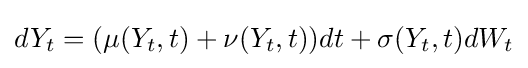
dY_{t}=(\mu (Y_{t},t)+\nu (Y_{t},t))dt+\sigma (Y_{t},t)dW_{t}